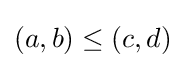
(a,b)\leq (c,d)